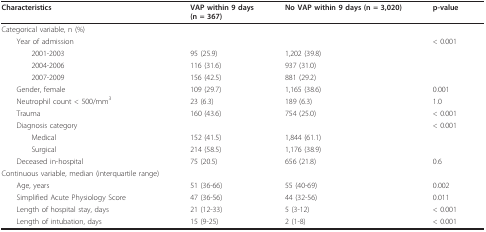
<table><thead><tr><td><b>Characteristics</b></td><td><b>VAP within 9 days(n = 367)</b></td><td><b>No VAP within 9 days (n = 3,020)</b></td><td><b>p-value</b></td></tr></thead><tbody><tr><td>Categorical variable, n (%)</td><td></td><td></td><td></td></tr><tr><td> Year of admission</td><td></td><td></td><td>&lt; 0.001</td></tr><tr><td>2001-2003</td><td>95 (25.9)</td><td>1,202 (39.8)</td><td></td></tr><tr><td>2004-2006</td><td>116 (31.6)</td><td>937 (31.0)</td><td></td></tr><tr><td>2007-2009</td><td>156 (42.5)</td><td>881 (29.2)</td><td></td></tr><tr><td> Gender, female</td><td>109 (29.7)</td><td>1,165 (38.6)</td><td>0.001</td></tr><tr><td> Neutrophil count &lt; 500/mm<sup>3</sup></td><td>23 (6.3)</td><td>189 (6.3)</td><td>1.0</td></tr><tr><td> Trauma</td><td>160 (43.6)</td><td>754 (25.0)</td><td>&lt; 0.001</td></tr><tr><td> Diagnosis category</td><td></td><td></td><td>&lt; 0.001</td></tr><tr><td>Medical</td><td>152 (41.5)</td><td>1,844 (61.1)</td><td></td></tr><tr><td>Surgical</td><td>214 (58.5)</td><td>1,176 (38.9)</td><td></td></tr><tr><td> Deceased in-hospital</td><td>75 (20.5)</td><td>656 (21.8)</td><td>0.6</td></tr><tr><td>Continuous variable, median (interquartile range)</td><td></td><td></td><td></td></tr><tr><td> Age, years</td><td>51 (36-66)</td><td>55 (40-69)</td><td>0.002</td></tr><tr><td> Simplified Acute Physiology Score</td><td>47 (36-56)</td><td>44 (32-56)</td><td>0.011</td></tr><tr><td> Length of hospital stay, days</td><td>21 (12-33)</td><td>5 (3-12)</td><td>&lt; 0.001</td></tr><tr><td> Length of intubation, days</td><td>15 (9-25)</td><td>2 (1-8)</td><td>&lt; 0.001</td></tr></tbody></table>